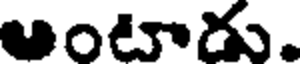
అంటాదు.